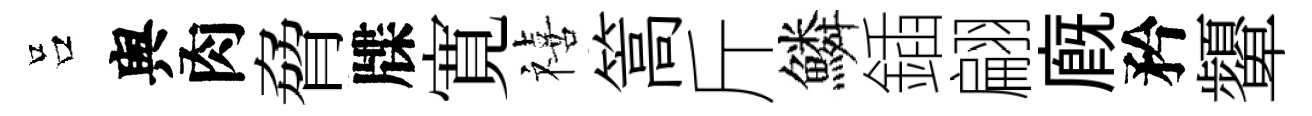
吕舆肉脅牒寛禧篙斤鱗鍤翩廐矜顰